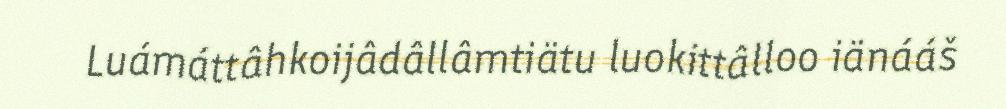
Luámáttâhkoijâdâllâmtiätu luokittâlloo iänááš